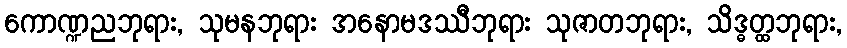
ကောဏ္ဍညဘုရား, သုမနဘုရား အနောမဒဿီဘုရား သုဇာတဘုရား, သိဒ္ဓတ္ထဘုရား,